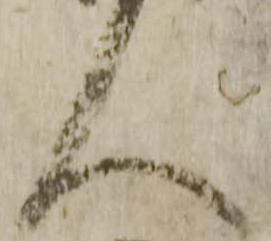
人